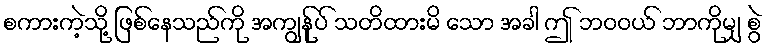
စကားကဲ့သို့ ဖြစ်နေသည်ကို အကျွန်ုပ် သတိထားမိ သော အခါ ဤ ဘဝဝယ် ဘာကိုမျှ စွဲ